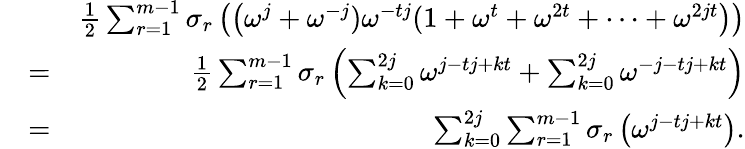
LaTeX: \begin{array}{rlr}&{}&{\frac{1}{2}\sum_{r=1}^{m-1}\sigma_{r}\left(\left(\omega^{j}+\omega^{-j})\omega^{-tj}(1+\omega^{t}+\omega^{2t}+\cdots+\omega^{2jt}\right)\right)}\\ &{=}&{\frac{1}{2}\sum_{r=1}^{m-1}\sigma_{r}\left(\sum_{k=0}^{2j}\omega^{j-tj+kt}+\sum_{k=0}^{2j}\omega^{-j-tj+kt}\right)}\\ &{=}&{\sum_{k=0}^{2j}\sum_{r=1}^{m-1}\sigma_{r}\left(\omega^{j-tj+kt}\right).}\end{array}